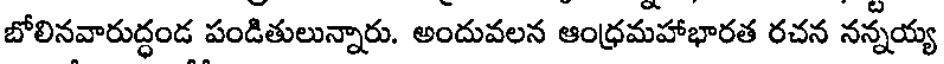
బోలినవారుద్ధండ పండితులున్నారు. అందువలన ఆంధ్రమహాభారత రచన నన్నయ్య